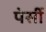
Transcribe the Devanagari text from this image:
पेर्सी